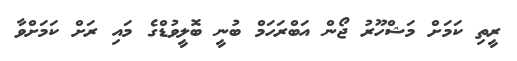
ރީތި ކަމަށް މަޝްހޫރު ޖޯން އަބްރަހަމް ބުނީ ބޮލީވުޑްގެ މައި ރަށް ކަމަށްވާ